Rae_vallavalitsus, lk 80
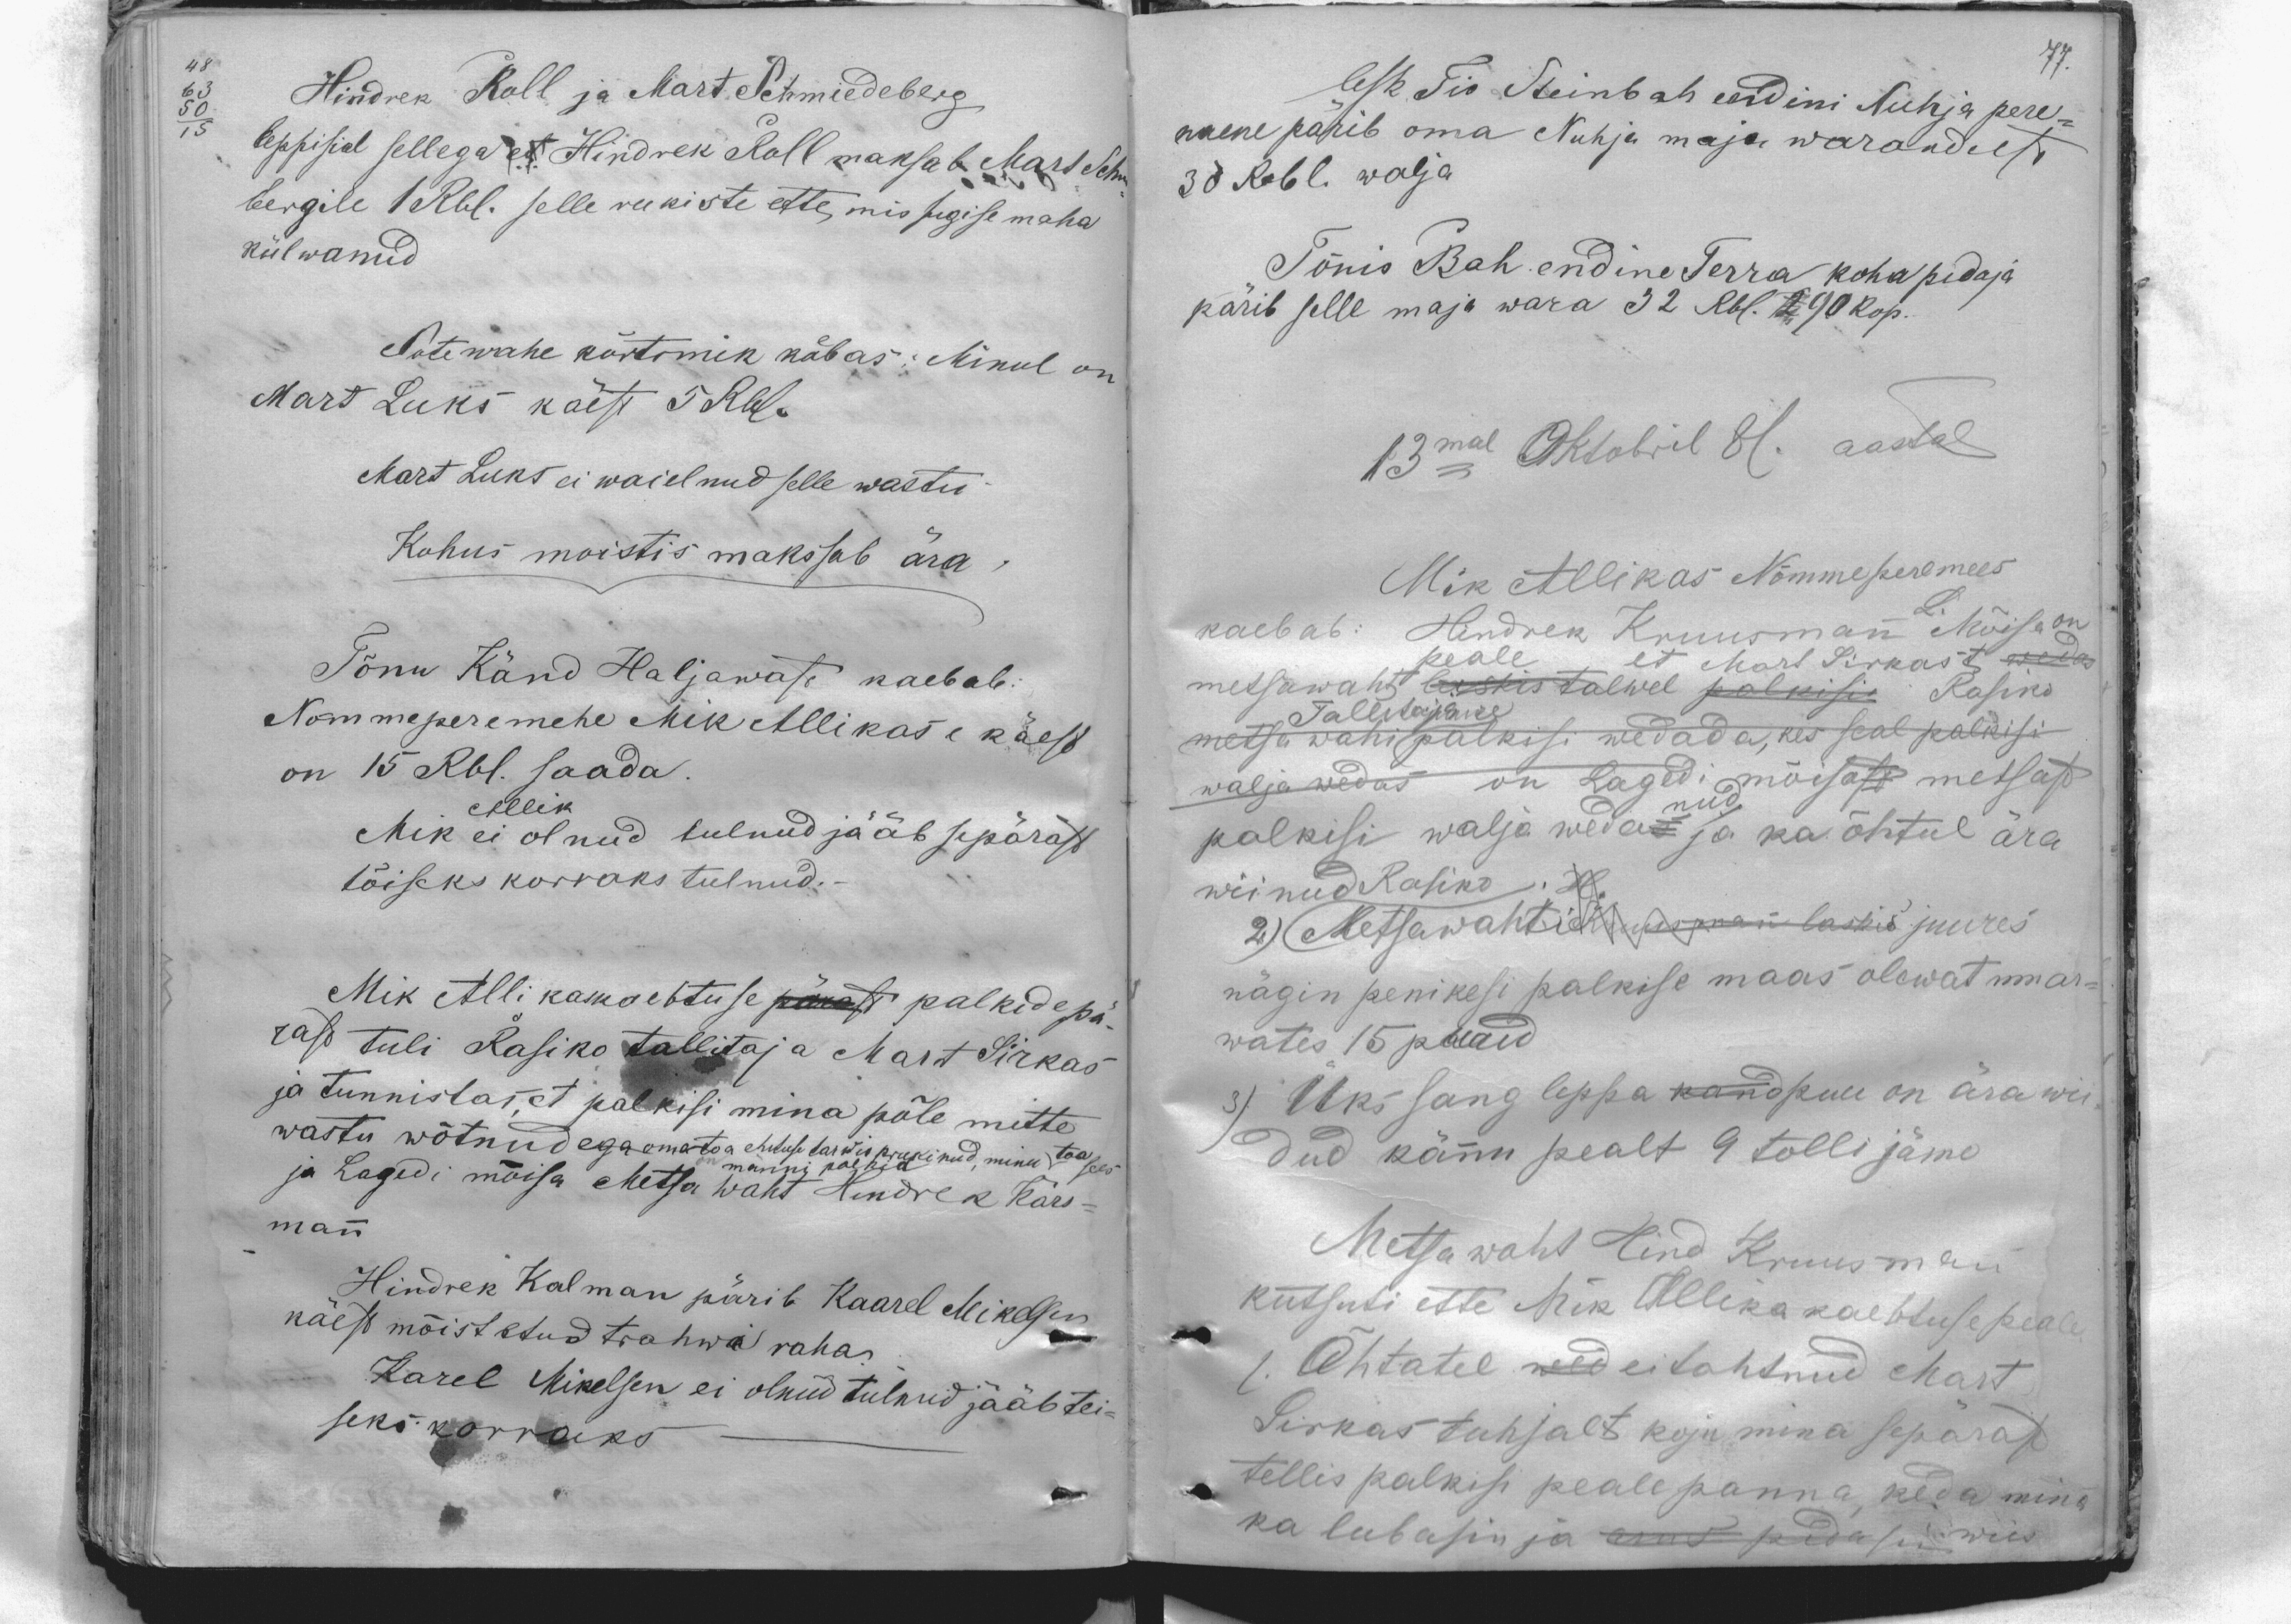
77.

Hindrek Roll ja Mart Schmiedeberg
leppisid sellega et Hindrek Roll maksab Mart Schm
bergile 1 Rbl. selle rukiste ette, mis sugise maha
külwanud
Sotewahe kõrtsmik kaebas: Minul on
Mart Luks käest  5 Rbl.
Mart Luks ei waielnud selle wastu
Kohus moistis makssab ära
Tõnu Känd Haljawast kaebab:
Nõmmeperemehe Mik Allikase käest
on 15 Rbl. saada
Allik
Mik ei olnud tulnud jääb sepärast
tõiseks korraks tulnud.
Mik Alli kaskaebtuse pärast palkide pä-
rast tuli Rasiko tallitaja Mart Sirkas
ja tunnistas, et palkisi mina põle mitte
wastu wõtnud ega oma toa ehituse tarwis prukinud, minu toa sees
on männi palkid
ja Lagedi mõisa Metsa waht Hindrek Kärs-
mann
Hindrek Kalman pärib Kaarel Mikelsen
käest mõistatud trahwi raha
Karel Mikelson ei olnud tulnud jääb tei-
seks korraks

lesk Tio Steinbah endini Nuhja pere-
naene pärib oma Nuhja maja warandust
30 Rubl. walja
Tõnis Bah endine Terra koha pidaja
pärib selle maja wara 32 Rbl. 290 kop.
13mal Oktobril 81. aastal
Mik Allikas Nõmme peremees
L.
kaebab: Hindrek Kruusmann Mõisa on
peale et Mart Sirkast wedas
metsawaht laskis talwel palkisi Rasiko
Tallitajale
metsa wahi palkisi wedada, kes seal palkisi
wälja wedas on Lagedi mõisast metsast
palkisi wälja wedanud ja ka õhtul ära
wiinud Rasiko. H.
2) Metsawahti Kruusmann laskis juures
nägin penikesi palkise maas olewat mu ar-
wates 15 puaid
3) Üks sang leppa kandpuu on ära wii-
dud kännu pealt 9 tolli jäme
Metsawaht Hind Kruusman
kutsuti ette Mik Allika kaebtuse peale
1. Õhtatel wed ei tahtnud Mart
Sirkas tuhjalt koju mina sepärast
tellis palkisi peale panna, keda mina
ka lubasin ja and pidasin wiis